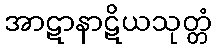
အာဋာနာဋိယသုတ္တံ